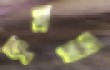
কুসম